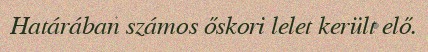
Határában számos őskori lelet került elő.